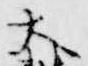
大